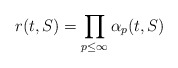
\begin{align*}r(t, S) = \prod_{p \leq \infty} \alpha_p(t,S)\end{align*}